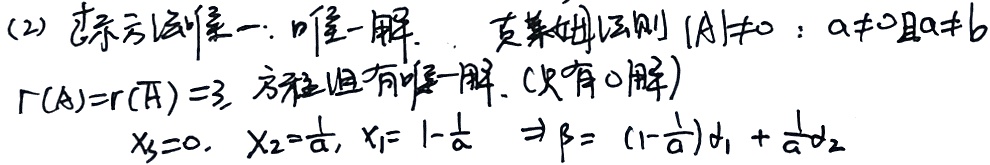
(2) 该方程组有唯一解. 克莱姆法则 \(|\mathbf{A}|\neq0\)：\(a\neq0且a\neq b\)
\(r(\mathbf{A}) = r(\overline{\mathbf{A}})=3\)，方程组有唯一解. (仅有0解)
\(x_3 = 0,\ x_2=\frac{1}{a},\ x_1=1 - \frac{1}{a}\Rightarrow\beta=(1 - \frac{1}{a})\alpha_1+\frac{1}{a}\alpha_2\)